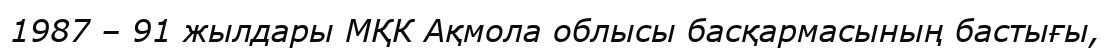
1987 – 91 жылдары МҚК Ақмола облысы басқармасының бастығы,